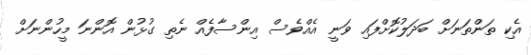
އެކި ތަންތަނަށް ބަދަލުކޮށްފައި ވަނީ އެއްވެސް އިންސާފެއް ނެތި ގުޅުން އޮންނަ މީހުންނަށް